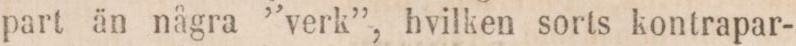
part än några ”verk”, hvilken sorts kontrapar-